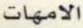
الامهات